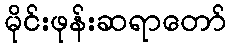
မိုင်းဖုန်းဆရာတော်